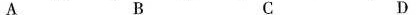
A B C D